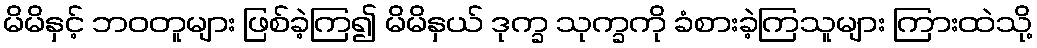
မိမိနှင့် ဘဝတူများ ဖြစ်ခဲ့ကြ၍ မိမိနှယ် ဒုက္ခ သုက္ခကို ခံစားခဲ့ကြသူများ ကြားထဲသို့